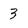
Character: 3